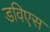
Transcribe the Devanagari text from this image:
डविएस